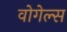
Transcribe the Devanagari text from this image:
वोगेल्स